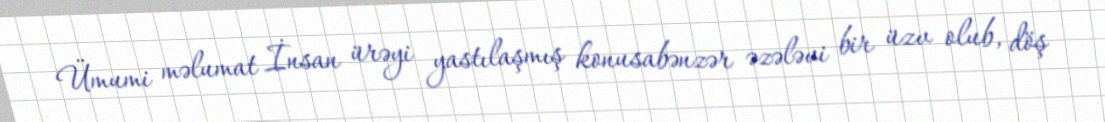
Ümumi məlumat İnsan ürəyi yastılaşmış konusabənzər əzələvi bir üzv olub, döş